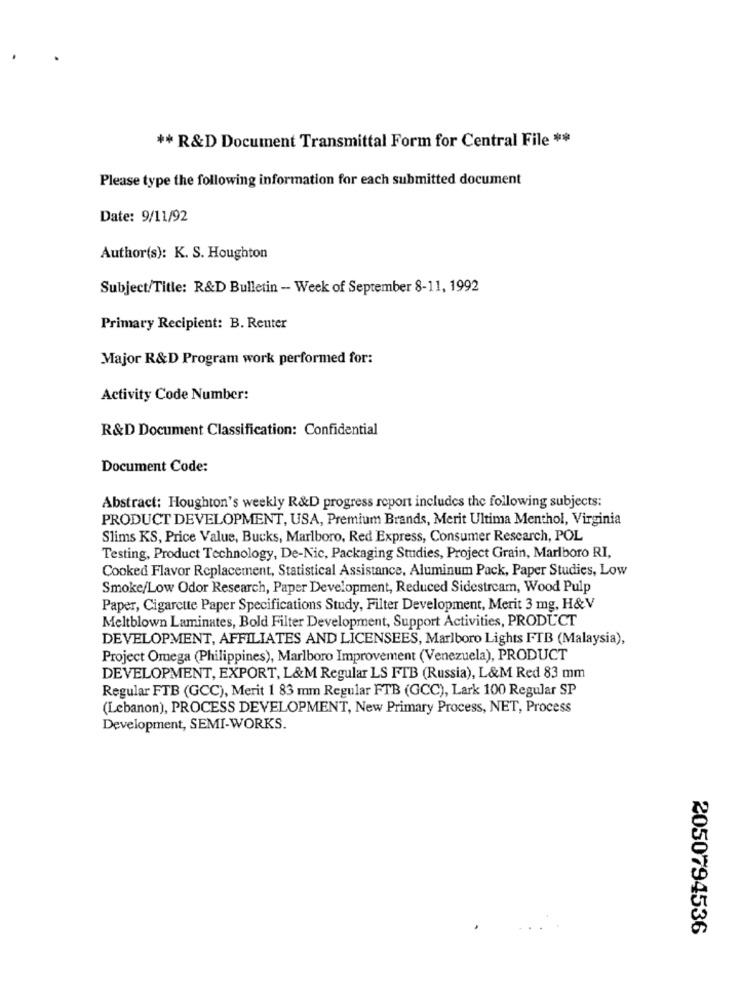
** R&D Document Transmittal Form for Central File **
Please type the following information for each submitted document
Date: 9/11/92
Author(s): K. S. Houghton
Subject/Title: R&D Bulletin - Week of September 8-11, 1992
Primary Recipient: B. Reuter
Major R&D Program work performed for:
Activity Code Number:
R&D Document Classification: Confidential
Document Code:
Abstract: Houghton's weekly R&D progress report includes the following subjects:
PRODUCT DEVELOPMENT, USA, Premium Brands, Merit Ultima Menthol, Virginia
Slims KS, Price Value, Bucks, Marlboro, Red Express, Consumer Research, POL
Testing, Product Technology, De-Nic, Packaging Studies, Project Grain, Marlboro RI,
Cooked Flavor Replacement, Statistical Assistance, Aluminum Pack, Paper Studies, Low
Smoke/Low Odor Research, Paper Development, Reduced Sidestream, Wood Pulp
Paper, Cigarette Paper Specifications Study, Filter Development, Merit 3 mg, H&V
Meltblown Laminates, Bold Filter Development, Support Activities, PRODUCT
DEVELOPMENT, AFFILIATES AND LICENSEES, Marlboro Lights FTB (Malaysia),
Project Omega (Philippines), Marlboro Improvement (Venezuela), PRODUCT
DEVELOPMENT, EXPORT, L&M Regular LS FTB (Russia), L&M Red 83 mm
Regular FTB (GCC), Merit 1 83 mm Regular FTB (GCC), Lark 100 Regular SP
(Lebanon), PROCESS DEVELOPMENT, New Primary Process, NET, Process
Development, SEMI-WORKS.
2050794536